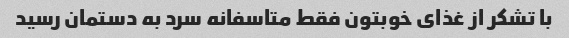
با تشکر از غذای خوبتون فقط متاسفانه سرد به دستمان رسید